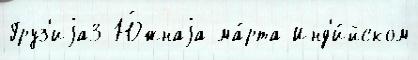
Груз'иjа3 Ю́жнаjа ма́рта Инд'и́йском